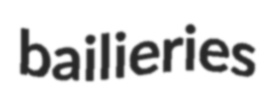
bailieries